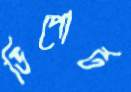
ডিপোর্ট